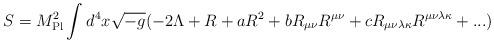
LaTeX: \begin{align*}S = {M}_{\rm{Pl}}^{2}\int_{}^{}{d}^{4}x\sqrt {-g}( -2\Lambda +R+a{R}^{2}+b{R}_{\mu \nu }{R}^{\mu \nu }+c{R}_{\mu \nu \lambda \kappa }{R}^{\mu \nu \lambda \kappa }+... )\end{align*}